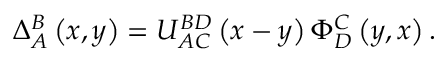
\Delta _ { A } ^ { B } \left( x , y \right) = U _ { A C } ^ { B D } \left( x - y \right) \Phi _ { D } ^ { C } \left( y , x \right) .